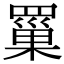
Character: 罺